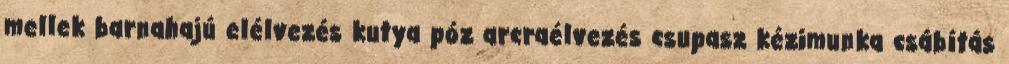
mellek barnahajú elélvezés kutya póz arcraélvezés csupasz kézimunka csábítás